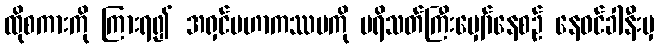
ထိုစကားကို ကြားရ၍ အရှင်မဟာကဿပကို ပရိသတ်ကြီးမျှော်နေစဉ် နေဝင်ခါနီးမှ